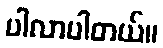
ပါလာပါတယ်။